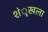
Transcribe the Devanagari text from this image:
शंृखला